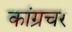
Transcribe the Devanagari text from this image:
कांग्रचर